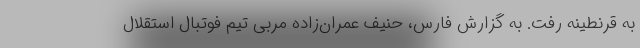
به قرنطینه رفت. به گزارش فارس، حنیف عمران‌زاده مربی تیم فوتبال استقلال